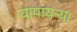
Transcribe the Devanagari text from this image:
यापायऱ्या